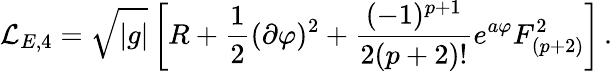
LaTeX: {\cal L}_{E,4}=\sqrt{|g|}\left[R+{\frac{1}{2}}(\partial\varphi)^{2}+{\frac{(-1)^{p+1}}{2(p+2)!}}e^{a\varphi}F_{(p+2)}^{2}\right]\, .